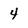
Character: 4